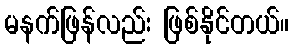
မနက်ဖြန်လည်း ဖြစ်နိုင်တယ်။